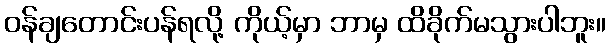
ဝန်ချတောင်းပန်ရလို့ ကိုယ့်မှာ ဘာမှ ထိခိုက်မသွားပါဘူး။